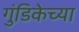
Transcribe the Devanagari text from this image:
गुंडिकेच्या